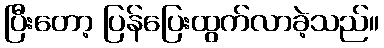
ပြီးတော့ ပြန်ပြေးထွက်လာခဲ့သည်။